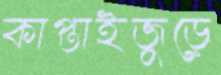
কাপ্তাইজুড়ে